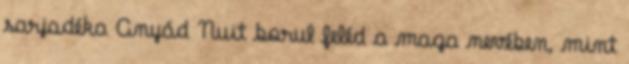
sarjadéka Anyád Nuit borul feléd a maga nevében, mint